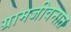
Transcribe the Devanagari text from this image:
ग्रामजीवनात